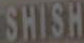
SHISH